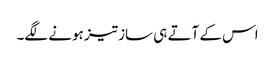
اس کے آتے ہی ساز تیز ہونے لگے۔